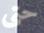
حتى